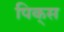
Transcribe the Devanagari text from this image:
पिक्‌स